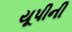
યૂપીની